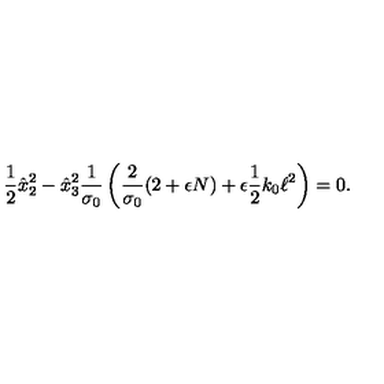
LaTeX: \frac { 1 } { 2 } \hat { x } _ { 2 } ^ { 2 } - \hat { x } _ { 3 } ^ { 2 } \frac { 1 } { \sigma _ { 0 } } \left( \frac { 2 } { \sigma _ { 0 } } ( 2 + \epsilon N ) + \epsilon \frac { 1 } { 2 } k _ { 0 } \ell ^ { 2 } \right) = 0 .